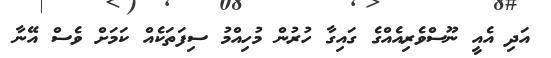
އަދި އެއީ ނޫސްވެރިއެއްގެ ގައިގާ ހުރުން މުހިއްމު ސިފަތަކެއް ކަމަށް ވެސް އޭނާ